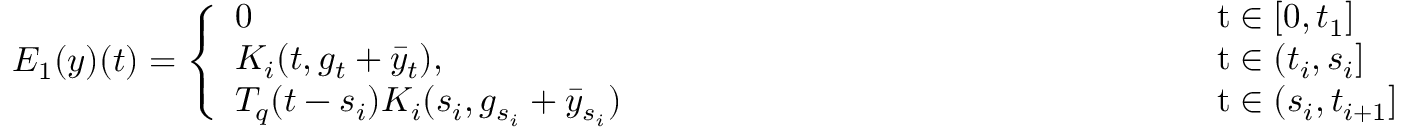
{ \cal E } _ { 1 } ( y ) ( t ) = \left\{ \begin{array} { l l } { 0 } & { \mathrm t \in [ 0 , t _ { 1 } ] } \\ { { \cal K } _ { i } ( t , g _ { t } + \bar { y } _ { t } ) , } & { \mathrm t \in ( t _ { i } , s _ { i } ] } \\ { { \cal T } _ { q } ( t - s _ { i } ) { \cal K } _ { i } ( s _ { i } , g _ { s _ { i } } + \bar { y } _ { s _ { i } } ) \qquad \qquad \qquad \qquad \qquad \qquad \qquad \qquad } & { \mathrm t \in ( s _ { i } , t _ { i + 1 } ] } \end{array} \right.